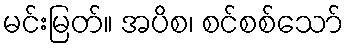
မင်းမြတ်။ အပိစ၊ စင်စစ်သော်